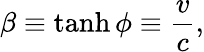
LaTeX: \beta\equiv\operatorname{tanh}\phi\equiv{\frac{v}{c}},